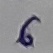
Text: 6